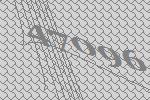
47096